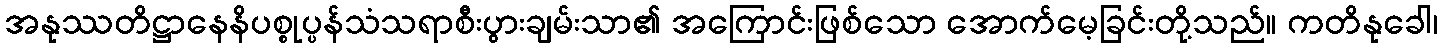
အနုဿတိဋ္ဌာနေနိပစ္စုပ္ပန်သံသရာစီးပွားချမ်းသာ၏ အကြောင်းဖြစ်သော အောက်မေ့ခြင်းတို့သည်။ ကတိနုခေါ၊